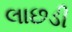
લાછડી